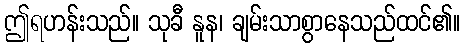
ဤရဟန်းသည်။ သုခီ နူန၊ ချမ်းသာစွာနေသည်ထင်၏။